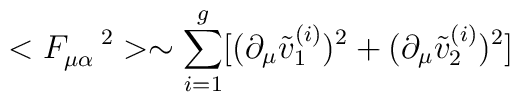
<F_{\mu\alpha}^{\quad2}>\sim\sum_{i=1}^{g}[(\partial_{\mu}\tilde{v}_{1}^{(i)})^{2}+(\partial_{\mu}\tilde{v}_{2}^{(i)})^{2}]